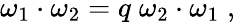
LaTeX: \omega_{1}\cdot\omega_{2}=q\; \omega_{2}\cdot\omega_{1}\; ,